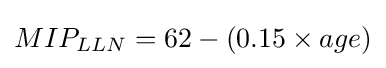
MIP_{LLN}=62-(0.15\times age)